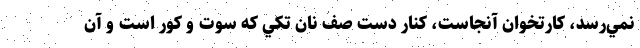
نمي‌رسد، كارتخوان آنجاست، كنار دست صف نان تكي كه سوت و كور است و آن